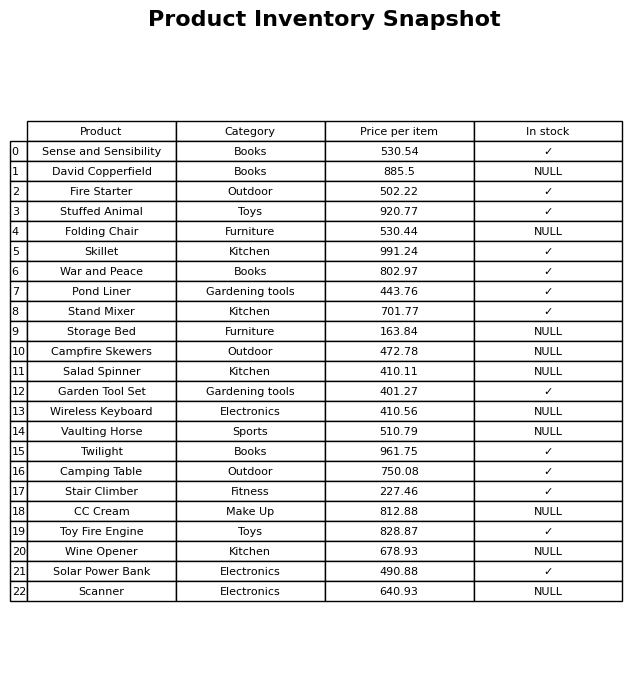
question: What is the stock status of the War and Peace?
answer: ✓